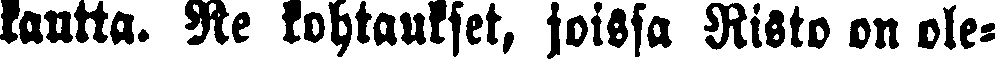
kautta. Ne kohtaukset, joissa Risto on ole-